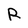
Character: R